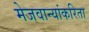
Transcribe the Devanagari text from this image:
मेजवान्यांकरिता